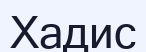
Хадис